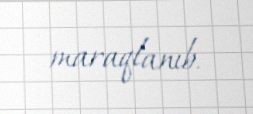
maraqlanıb.